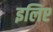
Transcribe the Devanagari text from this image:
इलिए